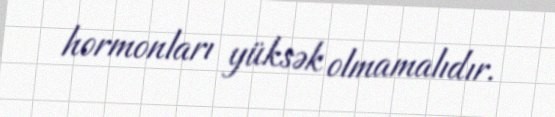
hormonları yüksək olmamalıdır.